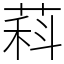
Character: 萪